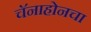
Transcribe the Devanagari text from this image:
चॅनाहोनचा